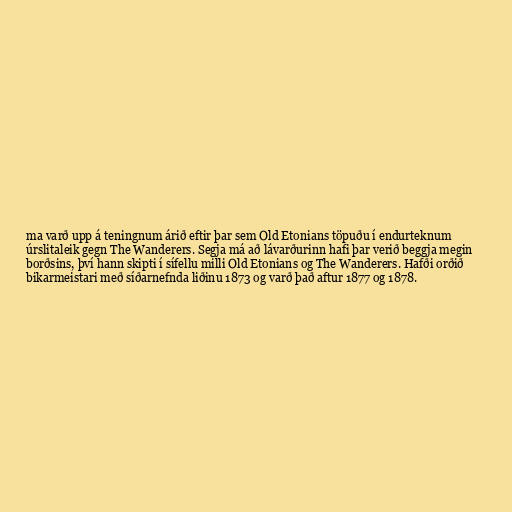
ma varð upp á teningnum árið eftir þar sem Old Etonians töpuðu í endurteknum
úrslitaleik gegn The Wanderers. Segja má að lávarðurinn hafi þar verið beggja megin
borðsins, því hann skipti í sífellu milli Old Etonians og The Wanderers. Hafði orðið
bikarmeistari með síðarnefnda liðinu 1873 og varð það aftur 1877 og 1878.